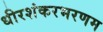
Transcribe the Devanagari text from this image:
धीरशंकरभरणम